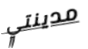
مدينتي